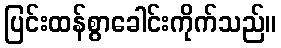
ပြင်းထန်စွာခေါင်းကိုက်သည်။